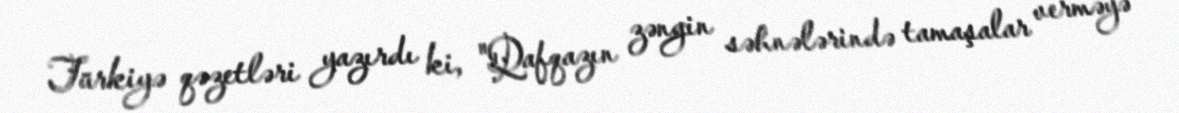
Türkiyə qəzetləri yazırdı ki, "Qafqazın zəngin səhnələrində tamaşalar verməyə